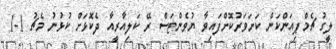
ލީގު ޗެމްޕިއަންކަން ކަށަވަރުކޮށްފައިވާ ޔުވެންޓަސް ރޭ ކަލިއާރީއާ ދެކޮޅަށް ކުޅުނު މެޗު 1-1